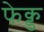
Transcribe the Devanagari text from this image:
फेक्ड